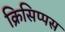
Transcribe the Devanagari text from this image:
क्रिसिप्पस